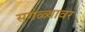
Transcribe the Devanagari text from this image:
सगळ्यावर